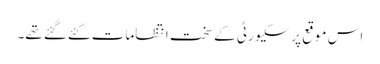
اس موقع پرسکیورٹی کےسخت انتظامات کئےگئے تھے۔